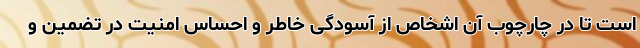
است تا در چارچوب آن اشخاص از آسودگی خاطر و احساس امنیت در تضمین و